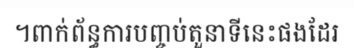
។ពាក់ព័ន្ធការបញ្ចប់តួនាទីនេះផងដែរ